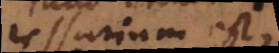
essarium est,